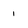
Character: 1